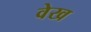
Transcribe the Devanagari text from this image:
वेख